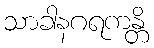
သာခါနဂရကန္တိ